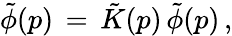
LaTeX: \tilde{\phi}(p)\, =\, \tilde{K}(p)\, \tilde{\phi}(p)\, ,